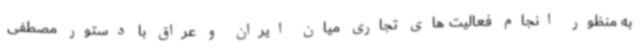
به منظور انجام فعالیت های تجاری میان ایران و عراق با دستور مصطفی